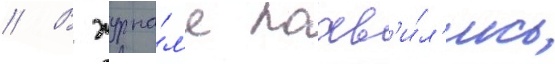
// В журна́л'е поав'и́л'ись